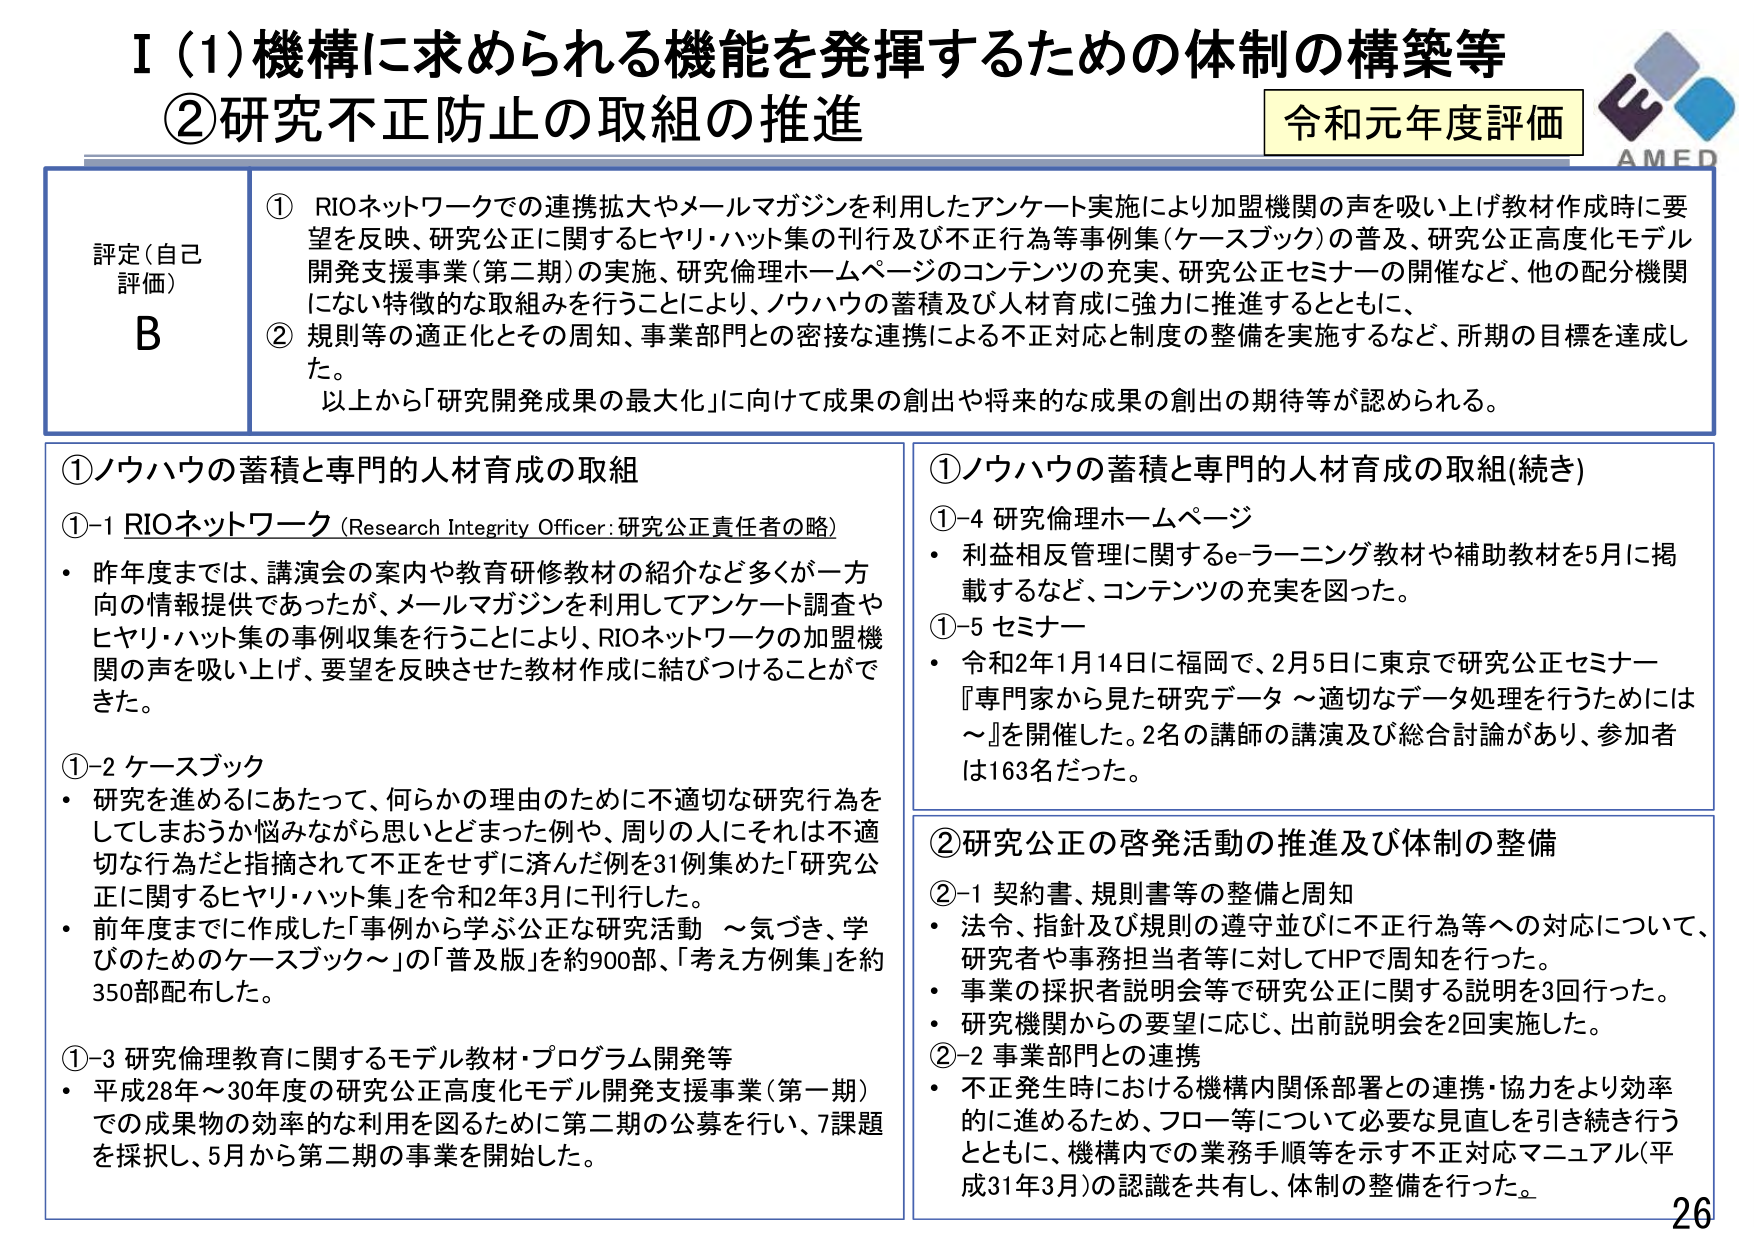
I (1) 機構に求められる機能を発揮するための体制の構築等
②研究不正防止の取組の推進

令和元年度評価

評定（自己評価）
B

① RIOネットワークでの連携拡大やメールマガジンを利用したアンケート実施により加盟機関の声を吸い上げ教材作成時に要望を反映、研究公正に関するヒヤリ・ハット集の刊行及び不正行為等事例集（ケースブック）の普及、研究公正高度化モデル開発支援事業（第二期）の実施、研究倫理ホームページのコンテンツの充実、研究公正セミナーの開催など、他の配分機関にない特徴的な取組みを行うことにより、ノウハウの蓄積及び人材育成に強力に推進するとともに、
② 規則等の適正化とその周知、事業部門との密接な連携による不正対応と制度の整備を実施するなど、所期の目標を達成した。
以上から「研究開発成果の最大化」に向けて成果の創出や将来的な成果の創出の期待等が認められる。

①ノウハウの蓄積と専門的人材育成の取組

①-1 RIOネットワーク（Research Integrity Officer：研究公正責任者の略）
・昨年度までは、講演会の案内や教育研修教材の紹介など多くが一方向の情報提供であったが、メールマガジンを利用してアンケート調査やヒヤリ・ハット集の事例収集を行うことにより、RIOネットワークの加盟機関の声を吸い上げ、要望を反映させた教材作成に結びつけることができた。

①-2 ケースブック
・研究を進めるにあたって、何らかの理由のために不適切な研究行為をしてしまおうか悩みながら思いとどまった例や、周りの人にそれは不適切な行為だと指摘されて不正をせずに済んだ例を31例集めた「研究公正に関するヒヤリ・ハット集」を令和2年3月に刊行した。
・前年度までに作成した「事例から学ぶ公正な研究活動 ～気づき、学びのためのケースブック～」の「普及版」を約900部、「考え方例集」を約350部配布した。

①-3 研究倫理教育に関するモデル教材・プログラム開発等
・平成28年～30年度の研究公正高度化モデル開発支援事業（第一期）での成果物の効率的な利用を図るために第二期の公募を行い、7課題を採択し、5月から第二期の事業を開始した。

①ノウハウの蓄積と専門的人材育成の取組（続き）

①-4 研究倫理ホームページ
・利益相反管理に関するe-ラーニング教材や補助教材を5月に掲載するなど、コンテンツの充実を図った。

①-5 セミナー
・令和2年1月14日に福岡で、2月5日に東京で研究公正セミナー『専門家から見た研究データ ～適切なデータ処理を行うためには～』を開催した。2名の講師の講演及び総合討論があり、参加者は163名だった。

②研究公正の啓発活動の推進及び体制の整備

②-1 契約書、規則書等の整備と周知
・法令、指針及び規則の遵守並びに不正行為等への対応について、研究者や事務担当者等に対してHPで周知を行った。
・事業の採択者説明会等で研究公正に関する説明を3回行った。
・研究機関からの要望に応じ、出前説明会を2回実施した。

②-2 事業部門との連携
・不正発生時における機構内関係部署との連携・協力をより効率的に進めるため、フロー等について必要な見直しを引き続き行うとともに、機構内での業務手順等を示す不正対応マニュアル（平成31年3月）の認識を共有し、体制の整備を行った。

AMED
26